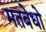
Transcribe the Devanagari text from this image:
मतबेधो